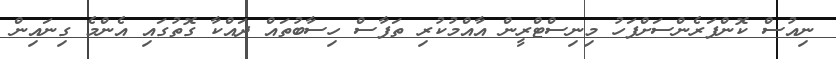
ނިއުސް ކޮންފަރެންސަށްފަހު މިނިސްޓްރީން އާއްމުކުރި ތަފާސް ހިސާބުތައް ދައްކާ ގޮތުގައި އެންމެ ގިނައިން